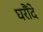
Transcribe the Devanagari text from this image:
घरौंदे